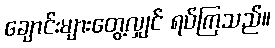
ချောင်းများတွေ့လျှင် ရပ်ကြသည်။